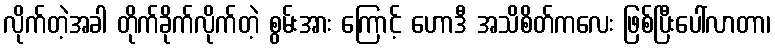
လိုက်တဲ့အခါ တိုက်ခိုက်လိုက်တဲ့ စွမ်းအား ကြောင့် ဟောဒီ အသိစိတ်ကလေး ဖြစ်ပြီးပေါ်လာတာ၊